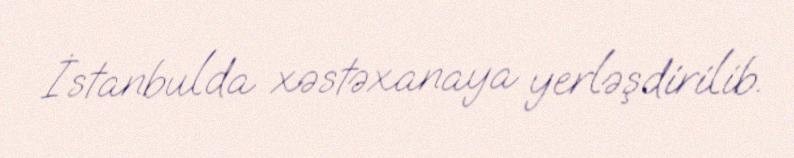
İstanbulda xəstəxanaya yerləşdirilib.